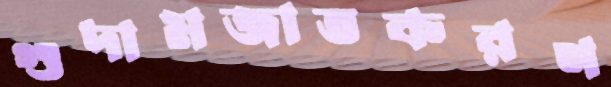
গুদামজাতকরণ